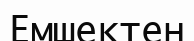
Емшектен